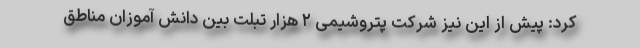
کرد: پیش از این نیز شرکت پتروشیمی ۲ هزار تبلت بین دانش آموزان مناطق